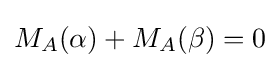
M_{A}(\alpha )+M_{A}(\beta )=0